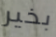
بخير